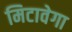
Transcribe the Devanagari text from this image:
मिटावेगा